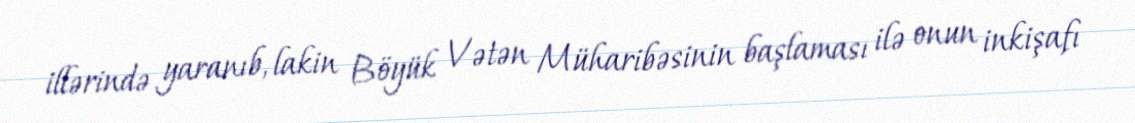
illərində yaranıb, lakin Böyük Vətən Müharibəsinin başlaması ilə onun inkişafı